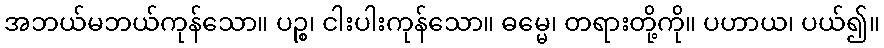
အဘယ်မဘယ်ကုန်သော။ ပဉ္စ၊ ငါးပါးကုန်သော။ ဓမ္မေ၊ တရားတို့ကို။ ပဟာယ၊ ပယ်၍။